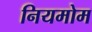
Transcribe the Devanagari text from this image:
नियमोम